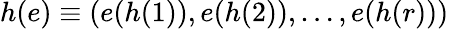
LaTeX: h(e)\equiv(e(h(1)),e(h(2)),\ldots,e(h(r)))